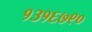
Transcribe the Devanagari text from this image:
१३१६७९०